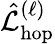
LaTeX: \hat{\mathcal{L}}_{\mathrm{hop}}^{(\ell)}